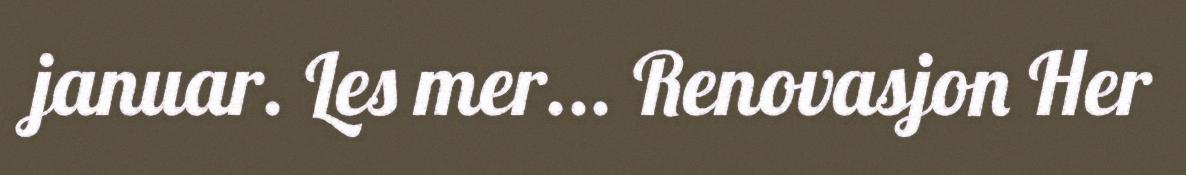
januar. Les mer... Renovasjon Her